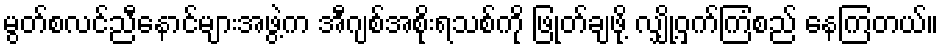
မွတ်စလင်ညီနောင်များအဖွဲ့က အီဂျစ်အစိုးရသစ်ကို ဖြုတ်ချဖို့ လျှို့ဝှက်ကြံစည် နေကြတယ်။